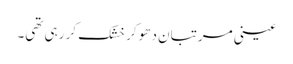
عینی مرتبان دھو کر خشک کر رہی تھی۔